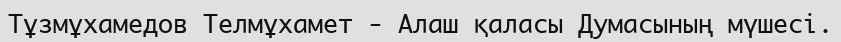
Тұзмұхамедов Телмұхамет - Алаш қаласы Думасының мүшесі.